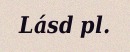
Lásd pl.